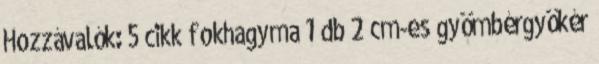
Hozzávalók: 5 cikk fokhagyma 1 db 2 cm-es gyömbérgyökér